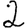
Digit: 2